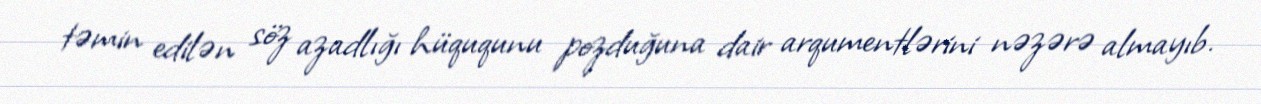
təmin edilən söz azadlığı hüququnu pozduğuna dair arqumentlərini nəzərə almayıb.